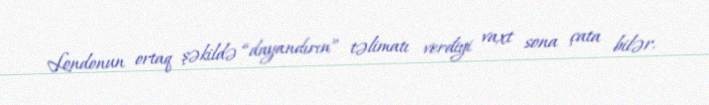
Londonun ortaq şəkildə “dayandırın” təlimatı verdiyi vaxt sona çata bilər.